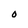
Character: O